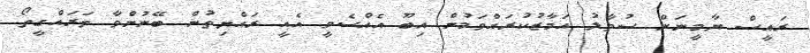
ރައީސް ޔާމީނަށް ސުވާލު އަމާޒުކުރައްވަމުން އިބޫ އެއްސެވީ އެއީ ރައްޔިތުން ބޭނުންވާ ތަރައްގީތޯ